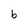
Character: b